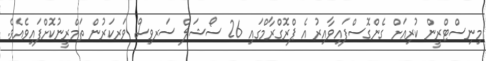
މިނިސްޓްރީން ކުރިއަށް ގެންގޮސްފައިވާއިރު އެ ޕްރޮގްރާމްގައި 26 ސޯޝަލް ސަރވިސް ވަރކަރުން ތަމްރީނުކޮށްފައިވެއެވެ.